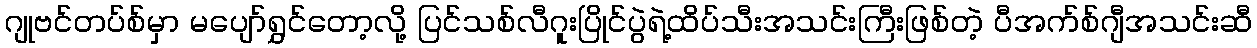
ဂျုဗင်တပ်စ်မှာ မပျော်ရွှင်တော့လို့ ပြင်သစ်လီဂူးပြိုင်ပွဲရဲ့ထိပ်သီးအသင်းကြီးဖြစ်တဲ့ ပီအက်စ်ဂျီအသင်းဆီ